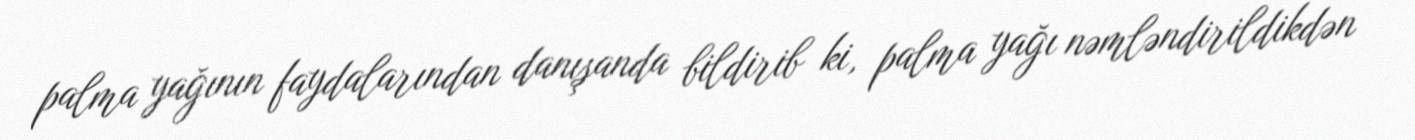
palma yağının faydalarından danışanda bildirib ki, palma yağı nəmləndirildikdən